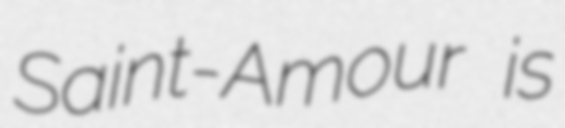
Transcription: Saint-Amour is